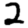
Digit: 2